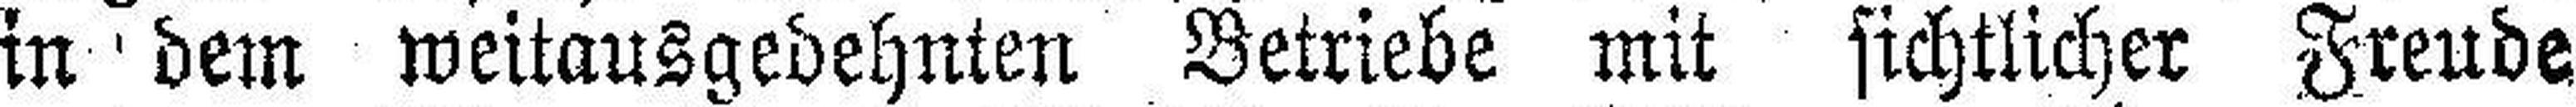
in dem weitausgedehnten Betriebe mit sichtlicher Freude